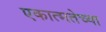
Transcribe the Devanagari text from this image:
एकात्मतेच्या